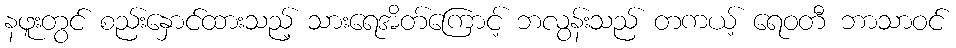
နဖူးတွင် စည်းနှောင်ထားသည့် သားရေအိတ်ကြောင့် ဘလွန်းသည် တကယ့် ရေဝတီ ဘာသာဝင်